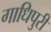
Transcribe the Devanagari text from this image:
गाधिपुरी